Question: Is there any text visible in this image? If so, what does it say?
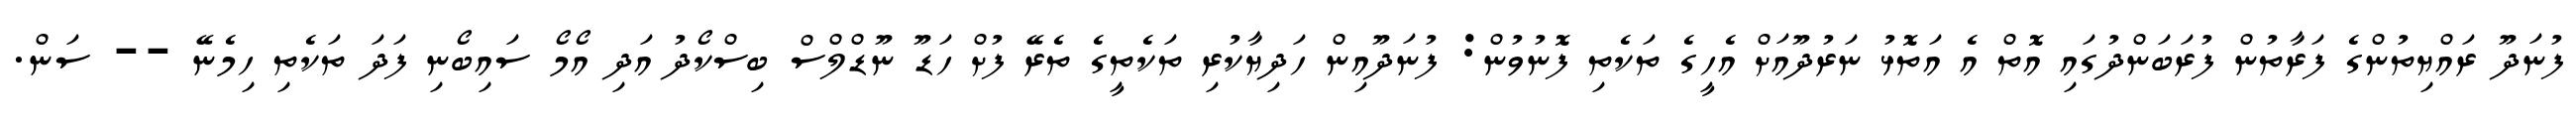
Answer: ފުނަދޫ ރައްޔިތުންގެ ފަރާތުން ފުރަބަންދުގައި އޮތް އެ އަތޮޅު ނަރުދޫއަށް އެހީގެ ތަކެތި ފޮނުވުން: ފުނަދޫއިން ހަދިޔާކުރި ތަކެތީގެ ތެރޭ ފުށް ހަޑޫ ނޫޑްލްސް ބިސްކޯދު އަދި އޯމޯ ސައިބޯނި ފަދަ ތަކެތި ހިމެނޭ -- ސަން.